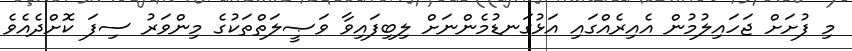
މި ފުށަށް ޖަހައިލުމުން އެއިރެއްގައި އަޅުގަނޑުމެންނަށް ލިބިފައިވާ ވަޞީލަތްތަކުގެ މިންވަރު ސިފަ ކޮށްދެއެވެ